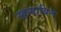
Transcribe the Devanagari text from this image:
स्क्रयाबिन